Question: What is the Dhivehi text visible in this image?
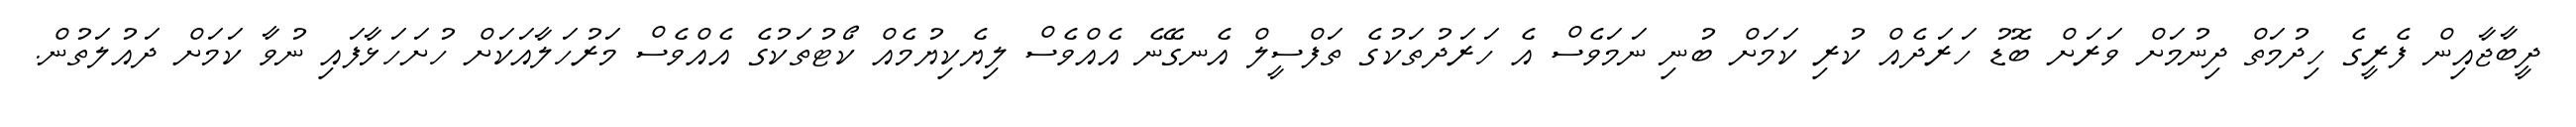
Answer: ދީބާޖާއިން ފެރީގެ ހިދުމަތް ދިނުމަށް ވަރަށް ބޮޑު ހަރަދެއް ކުރި ކަމަށް ބުނި ނަމަވެސް އެ ހަރަދުތަކުގެ ތަފްސީލް އެނގޭނެ އެއްވެސް ލިޔެކިޔުމެއް ކޯޓުތަކުގެ އެއްވެސް މަރުހަލާއަކަށް ހުށަހަޅާފައި ނުވާ ކަމަށް ދައުލަތުން.